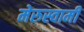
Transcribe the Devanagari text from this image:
मेरुस्वामी